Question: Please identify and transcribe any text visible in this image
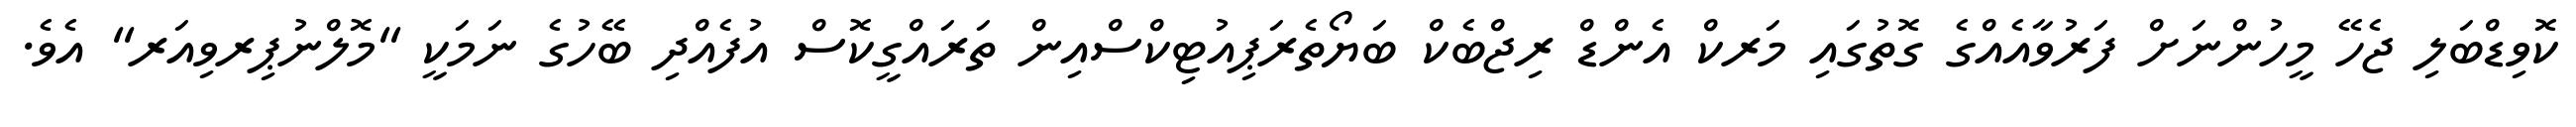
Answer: ކޮވިޑްބަލި ޖެހޭ މީހުންނަށް ފަރުވާއެއްގެ ގޮތުގައި މަރކް އެންޑް ރިޖްބެކް ބަޔޯތެރަޕިއުޓިކްސްއިން ތަރައްގީކޮސް އުފެއްދި ބޭހުގެ ނަމަކީ "މޮލްނުޕިރވިއަރ" އެވެ.